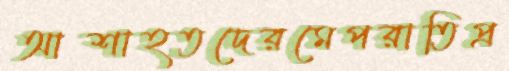
আশাহতদেরমেপরাতিপ্র